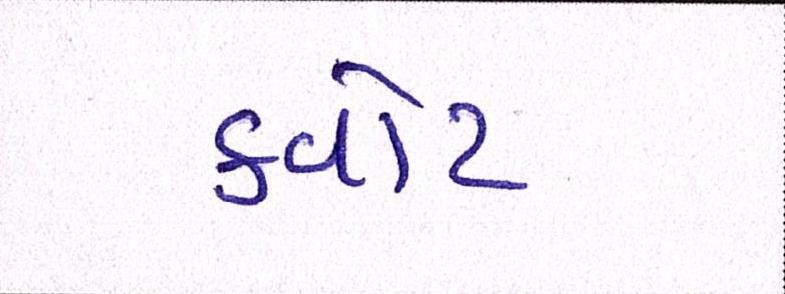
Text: ક્વોટા